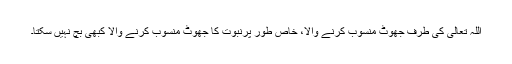
اللہ تعالیٰ کی طرف جھوٹ منسوب کرنے والا، خاص طور پرنبوت کا جھوٹ منسوب کرنے والا کبھی بچ نہیں سکتا۔